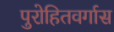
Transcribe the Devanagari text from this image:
पुरोहितवर्गास